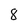
Character: 8